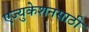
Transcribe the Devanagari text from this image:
एज्युकेशनसाठी